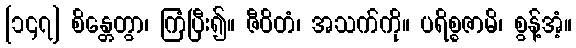
[၁၄၇] စိန္တေတွာ၊ ကြံပြီး၍။ ဇီဝိတံ၊ အသက်ကို။ ပရိစ္စဇာမိ၊ စွန့်အံ့။